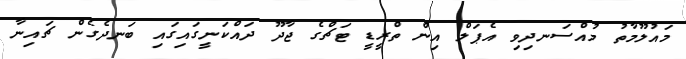
މައުލޫމާތު މުއްސަނދިވި އެޕަލް އިން ތްރީޑީ ޓަޗްގެ ޖާދޫ ދައްކަނީގައިގައި ބަނދެގެން ޗައިނާ